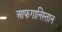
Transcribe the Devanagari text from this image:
आफगानिस्तान